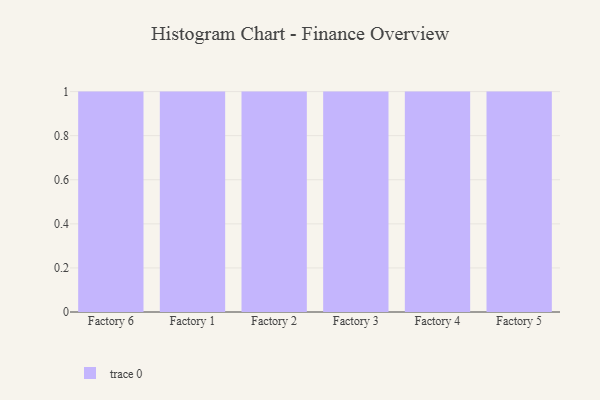
{"axis": {"x": "Factory", "y": "Bounce Rate (%)"}, "legend": [""], "data": [{"x": "Factory 6", "y": 48, "type": ""}, {"x": "Factory 1", "y": 6, "type": ""}, {"x": "Factory 2", "y": 71, "type": ""}, {"x": "Factory 3", "y": 73, "type": ""}, {"x": "Factory 4", "y": 84, "type": ""}, {"x": "Factory 5", "y": 3, "type": ""}]}